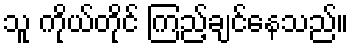
သူ ကိုယ်တိုင် ကြည့်ချင်နေသည်။